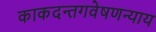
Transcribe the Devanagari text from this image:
काकदन्तगवेषणन्याय